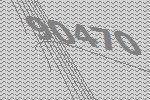
90470